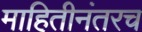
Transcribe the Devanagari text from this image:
माहितीनंतरच